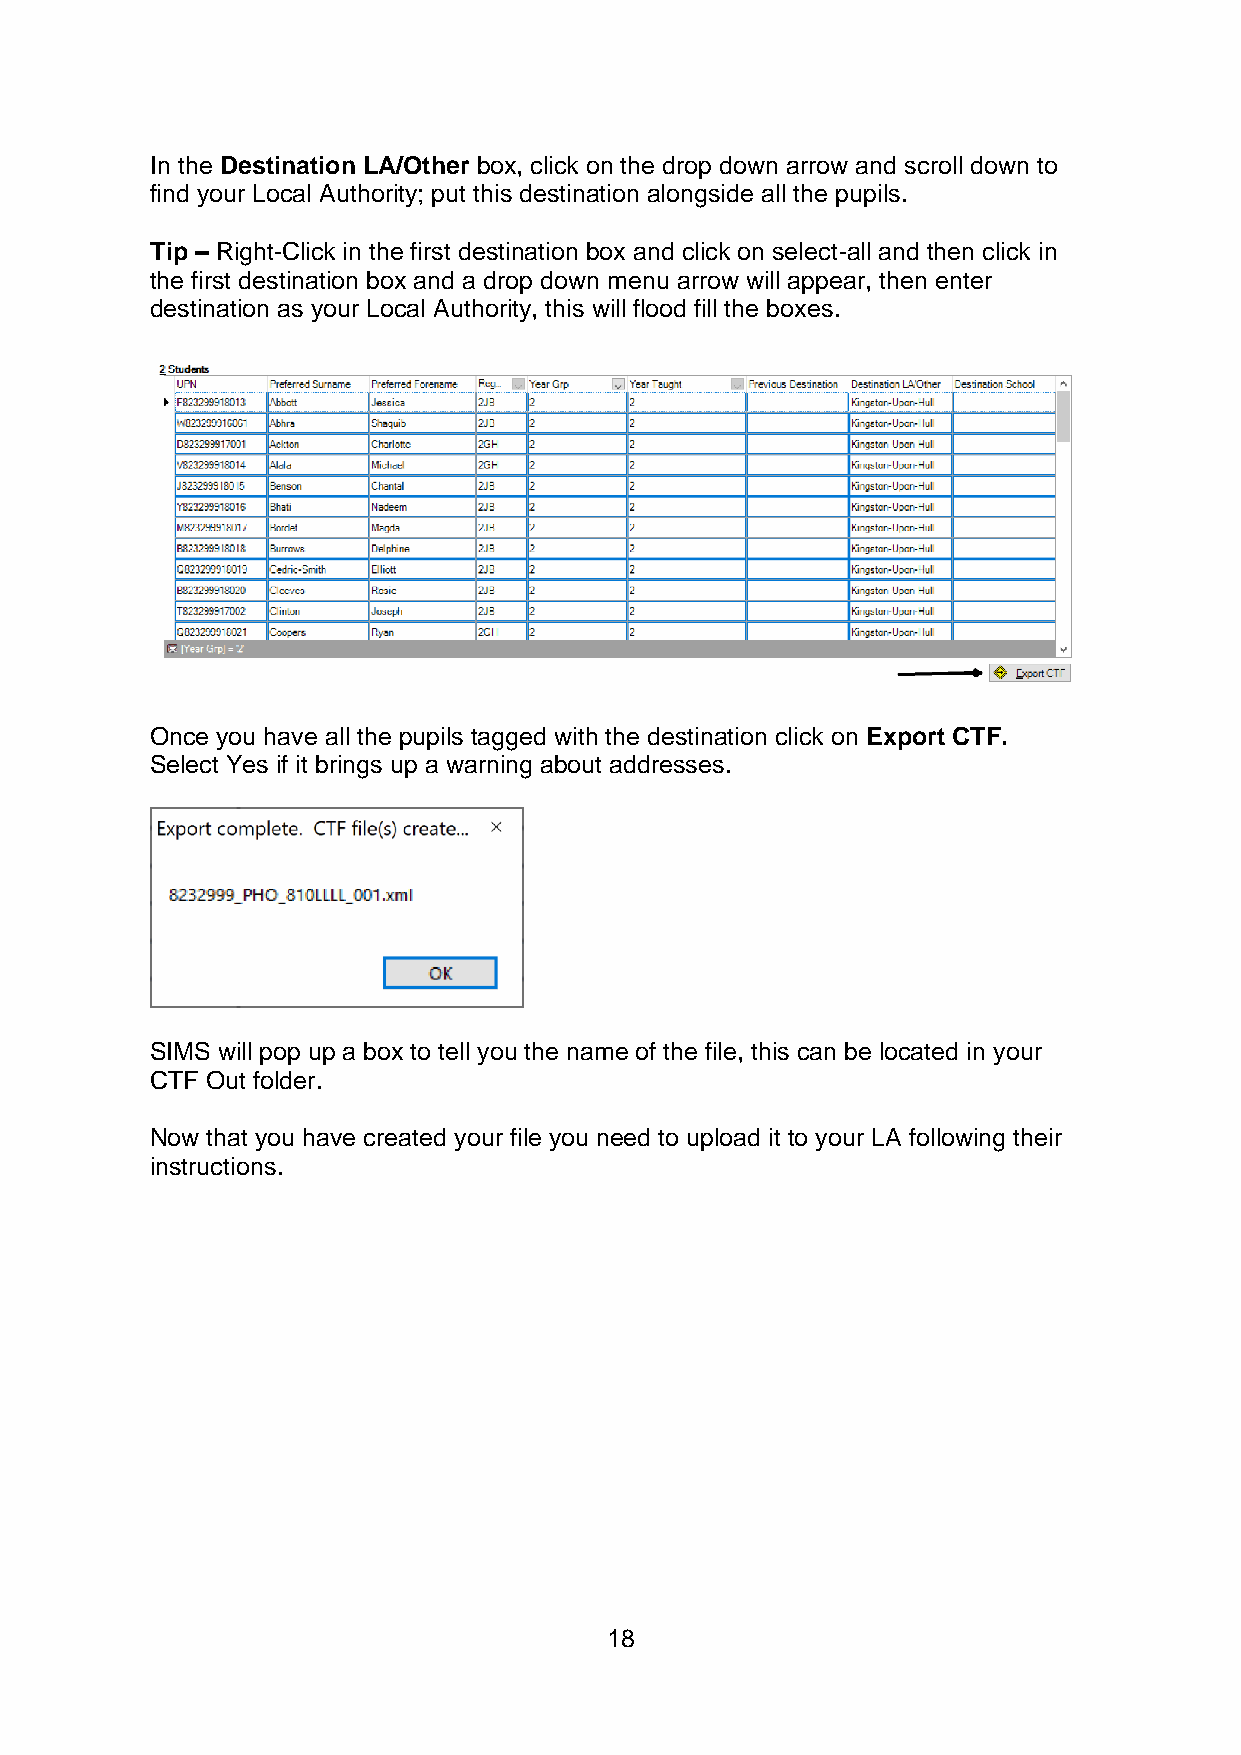
In the Destination LA/Other box, click on the drop down arrow and scroll down to
 find your Local Authority; put this destination alongside all the pupils.
 Tip – Right-Click in the first destination box and click on select-all and then click in
 the first destination box and a drop down menu arrow will appear, then enter
 destination as your Local Authority, this will flood fill the boxes.
 Once you have all the pupils tagged with the destination click on Export CTF.
 Select Yes if it brings up a warning about addresses.
 SIMS will pop up a box to tell you the name of the file, this can be located in your
 CTF Out folder.
 Now that you have created your file you need to upload it to your LA following their
 instructions.
 18